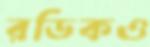
রডিকও